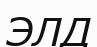
ЭЛД